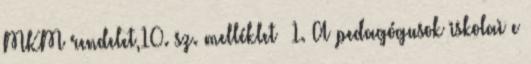
MKM rendelet,10. sz. melléklet 1. A pedagógusok iskolai e